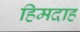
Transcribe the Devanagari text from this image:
हिमदाह